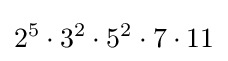
2^{5}\cdot 3^{2}\cdot 5^{2}\cdot 7\cdot 11